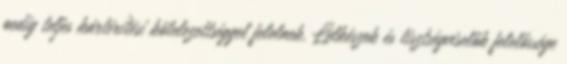
pedig teljes kártérítési kötelezettséggel felelnek. Lelkészek és tisztségviselők felelőssége